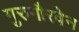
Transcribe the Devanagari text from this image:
गुरुगौरवेन